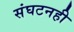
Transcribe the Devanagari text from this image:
संघटनही